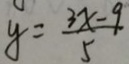
y = \frac { 3 x - 9 } { 5 }